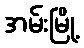
အမ်းမြို့